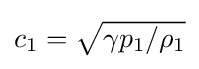
{\textstyle c_{1}={\sqrt {\gamma p_{1}/\rho _{1}}}}